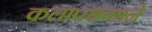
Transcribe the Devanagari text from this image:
कलापथकाने